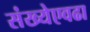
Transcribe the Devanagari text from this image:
संख्येएवढा